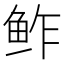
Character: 鲊